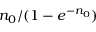
n _ { 0 } / ( 1 - e ^ { - n _ { 0 } } )